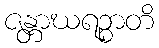
ဇန္တာဃရဉ္စာတိ